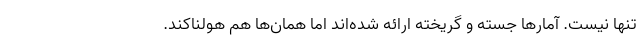
تنها نیست. آمارها جسته و گریخته ارائه شده‌اند اما همان‌ها هم هولناکند.